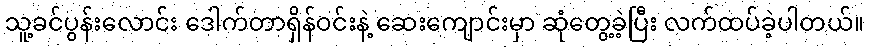
သူ့ခင်ပွန်းလောင်း ဒေါက်တာရှိန်ဝင်းနဲ့ ဆေးကျောင်းမှာ ဆုံတွေ့ခဲ့ပြီး လက်ထပ်ခဲ့ပါတယ်။